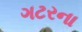
ગટરના